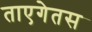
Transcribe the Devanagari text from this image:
ताएगेतस